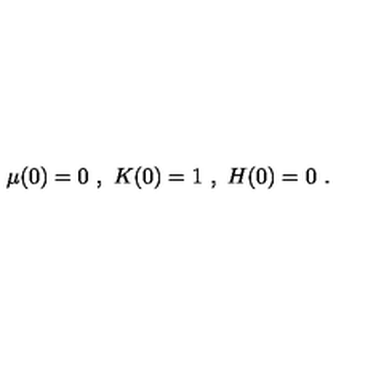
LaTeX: \mu ( 0 ) = 0 \ , \ K ( 0 ) = 1 \ , \ H ( 0 ) = 0 \ .